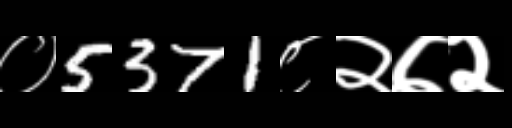
Text: ०5371८२७२